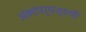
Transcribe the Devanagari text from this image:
अंकांपर्यन्तची